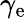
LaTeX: \gamma_{\mathrm{e}}